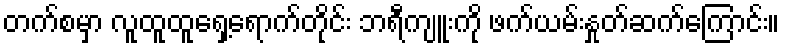
တက်စမှာ လူထူထူရှေ့ရောက်တိုင်း ဘရီကျူးကို ဖက်ယမ်းနှုတ်ဆက်ကြောင်း။